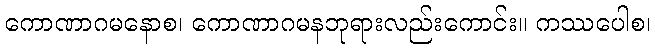
ကောဏာဂမနောစ၊ ကောဏာဂမနဘုရားလည်းကောင်း။ ကဿပေါစ၊